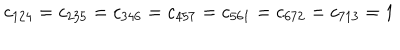
c _ { 1 2 4 } = c _ { 2 3 5 } = c _ { 3 4 6 } = c _ { 4 5 7 } = c _ { 5 6 1 } = c _ { 6 7 2 } = c _ { 7 1 3 } = 1